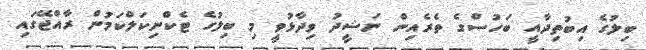
ބިލުގެ އިބުތިދާއީ ބަހުސްގެ ތެރެއިން ނަޝީދު ވިދާޅުވީ މި ބިލުގެ ޓެކްނިކަލްކަމުން ރާއްޖޭގައި